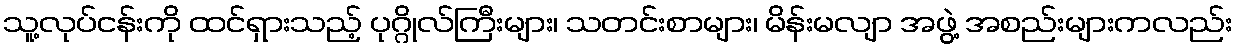
သူ့လုပ်ငန်းကို ထင်ရှားသည့် ပုဂ္ဂိုလ်ကြီးများ၊ သတင်းစာများ၊ မိန်းမလျာ အဖွဲ့ အစည်းများကလည်း